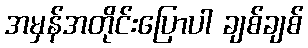
အမှန်အတိုင်းပြောပါ ချစ်ချစ်